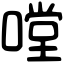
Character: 嘡